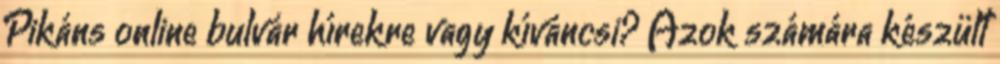
Pikáns online bulvár hírekre vagy kíváncsi? Azok számára készült